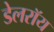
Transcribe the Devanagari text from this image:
डेलराॅय